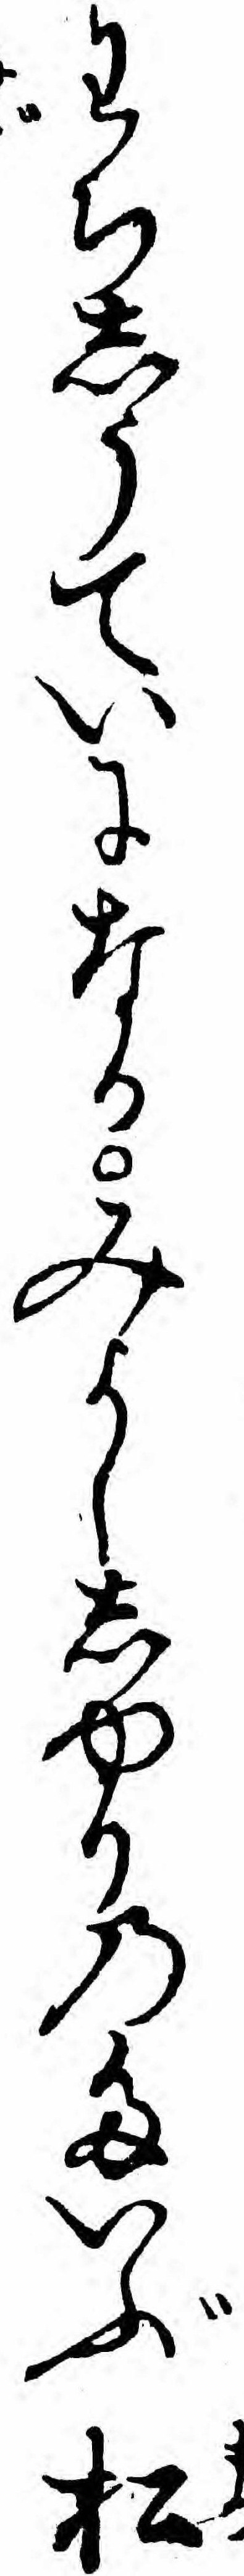
わちしうていになるみよししゆりのたいぶ松